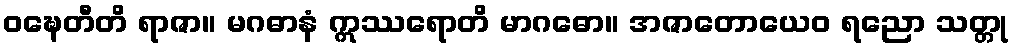
ဝဍ္ဎေတီတိ ရာဇာ။ မဂဓာနံ ဣဿရောတိ မာဂဓော။ အဇာတောယေဝ ရညော သတ္တု